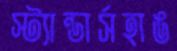
স্ট্যান্ডার্সহাঙ